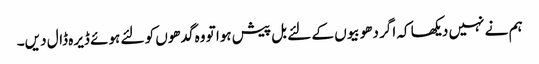
ہم نے نہیں دیکھا کہ اگر دھوبیوں کے لئے بل پیش ہوا تو وہ گدھوں کو لئے ہوئے ڈیرہ ڈال دیں۔